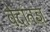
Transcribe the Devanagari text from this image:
वेदांतज्ञ